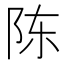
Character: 陈